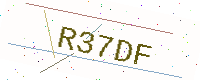
Text: R37DF